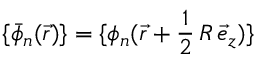
\{ \bar { \phi } _ { \mathfrak { n } } ( \vec { r } ) \} = \{ \phi _ { \mathfrak { n } } ( \vec { r } + \frac { 1 } { 2 } \, R \, \vec { e } _ { z } ) \}